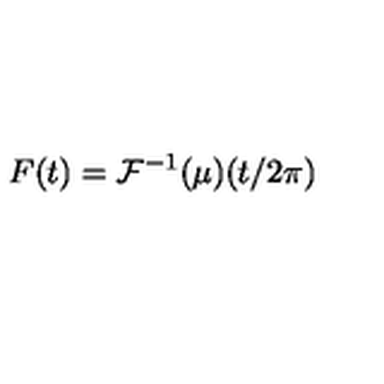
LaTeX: F ( t ) = \mathcal { F } ^ { - 1 } ( \mu ) ( t / 2 \pi )